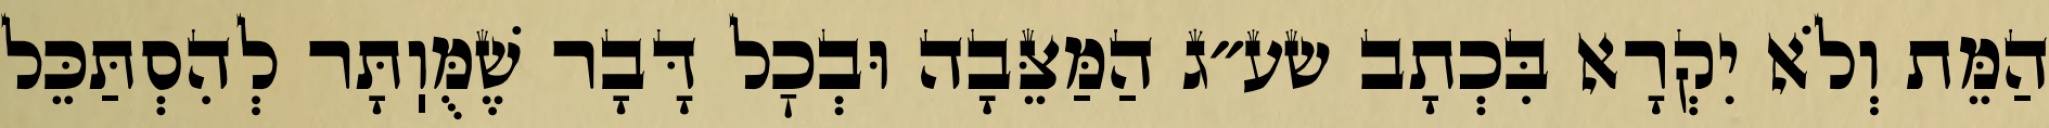
הַמֵּת וְלֹא יִקְרָא בִּכְתָב שע״ג הַמַּצֵּבָה וּבְכׇל דָּבָר שֶׁמֻּוֽתָּר לְהִסְתַּכֵּל